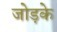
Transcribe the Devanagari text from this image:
जोड़के